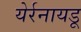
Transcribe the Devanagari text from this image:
येर्रनायडू